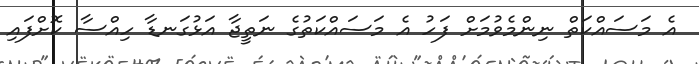
އެ މަސައްކަތް ނިންމެވުމަށް ފަހު އެ މަސައްކަތުގެ ނަތީޖާ އަޅުގަނޑާ ހިއްސާ ކޮށްފައި